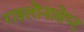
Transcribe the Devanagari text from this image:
राइलोनासेप्ट